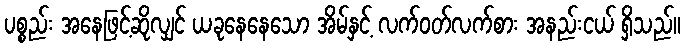
ပစ္စည်း အနေဖြင့်ဆိုလျှင် ယခုနေနေသော အိမ်နှင့် လက်ဝတ်လက်စား အနည်းငယ် ရှိသည်။